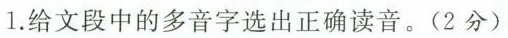
1.给文段中的多音字选出正确读音。(2分)